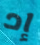
إد